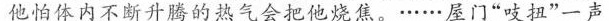
他怕体内不断升腾的热气会把他烧焦。……屋门“吱扭”一声